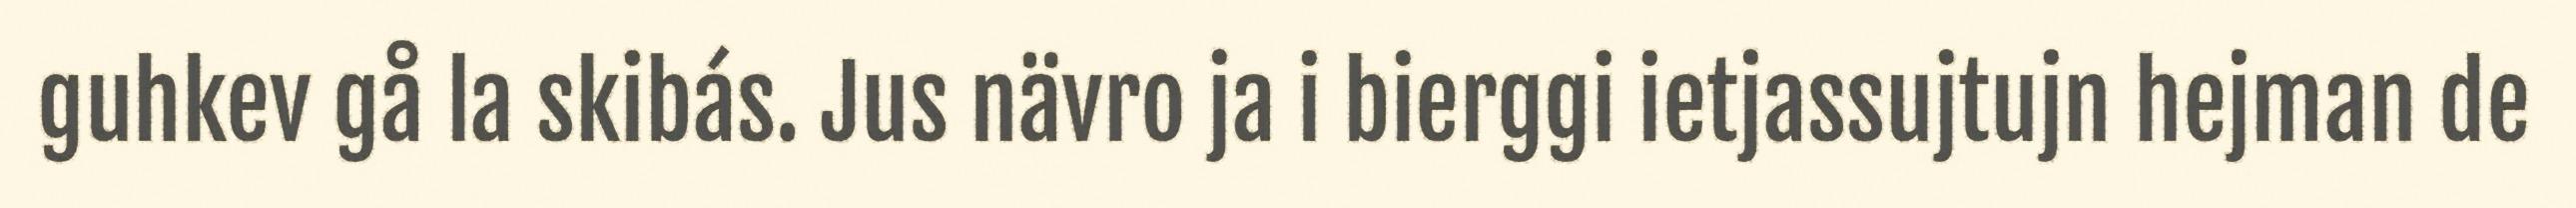
guhkev gå la skibás. Jus nävro ja i bierggi ietjassujtujn hejman de